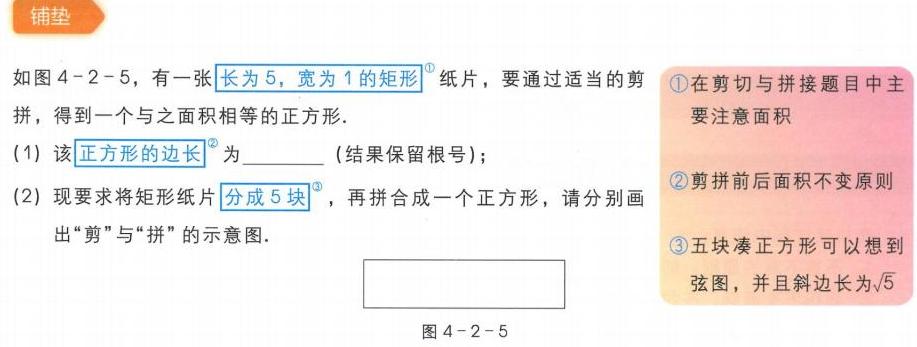
### 铺垫
如图4 - 2 - 5，有一张长为5，宽为1的矩形纸片，要通过适当的剪拼，得到一个与之面积相等的正方形.
(1) 该正方形的边长为______ (结果保留根号)；
(2) 现要求将矩形纸片分成5块，再拼合成一个正方形，请分别画出“剪”与“拼”的示意图.

|  |  |
|--|--|
| \textcircled{1}在剪切与拼接题目中主要注意面积 | \textcircled{2}剪拼前后面 积不变原则 |
| \textcircled{3}五块凑正方形可以想到弦图，并且斜边长为\(\sqrt{5}\) |  |
图4 - 2 - 5